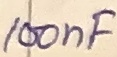
Text: 100nF